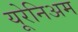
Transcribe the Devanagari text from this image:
यूरेनिअम